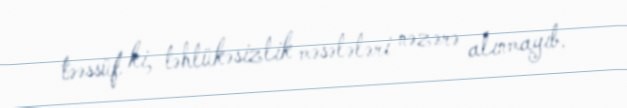
təəssüf ki, təhlükəsizlik məsələləri nəzərə alınmayıb.